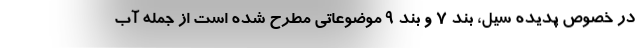
در خصوص پدیده سیل، بند ۷ و بند ۹ موضوعاتی مطرح شده است از جمله آب